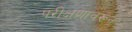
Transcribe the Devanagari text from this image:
परीक्षणावरून